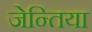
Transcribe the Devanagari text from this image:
जेन्तिया